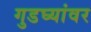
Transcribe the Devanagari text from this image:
गुडघ्यांवर